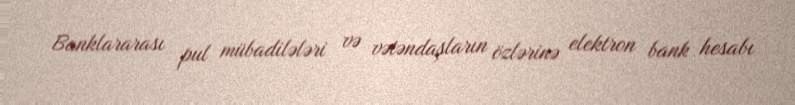
Banklararası pul mübadilələri və vətəndaşların özlərinə elektron bank hesabı